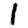
Digit: 1